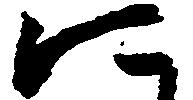
に